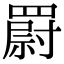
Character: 罻